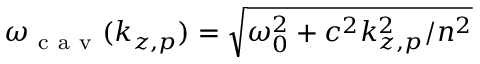
\omega _ { \mathrm { ~ c ~ a ~ v ~ } } ( k _ { z , p } ) = \sqrt { \omega _ { 0 } ^ { 2 } + c ^ { 2 } k _ { z , p } ^ { 2 } / n ^ { 2 } }